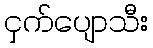
ငှက်ပျောသီး